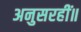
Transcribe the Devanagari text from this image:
अनुसरहीं॥